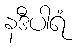
နဒီပါရံ